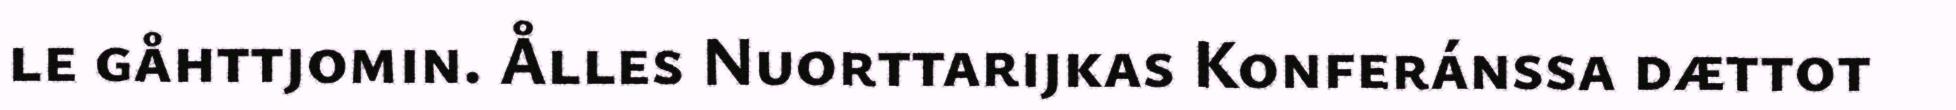
le gåhttjomin. Ålles Nuorttarijkas Konferánssa dættot